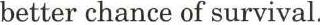
better chance of survival.